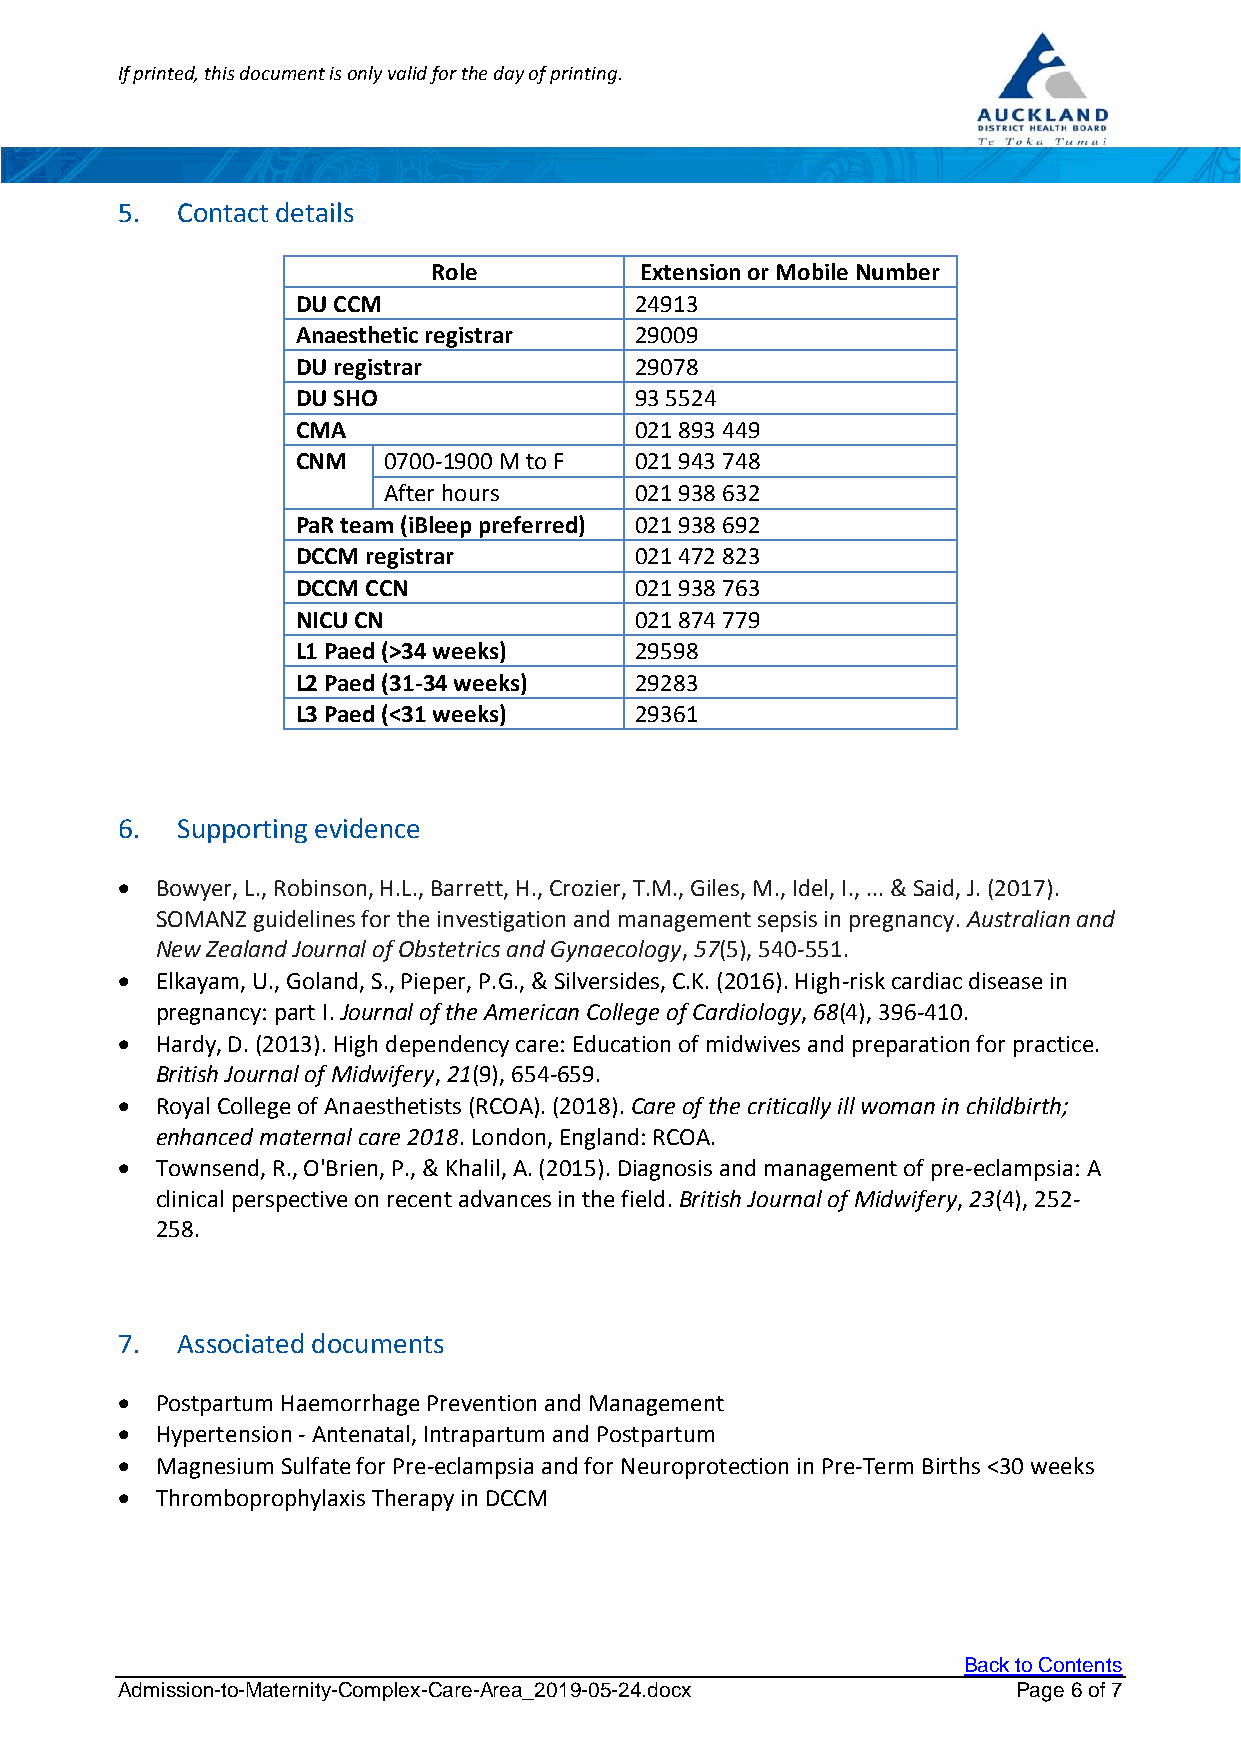
If printed, this document is only valid for the day of printing.
 5.  Contact details
 Role         Extension or Mobile Number
 DU CCM                24913
 Anaesthetic registrar 29009
 DU registrar          29078
 DU SHO                93 5524
 CMA                   021 893 449
 CNM  0700-1900 M to F 021 943 748
 After hours      021 938 632
 PaR team (iBleep preferred) 021 938 692
 DCCM registrar        021 472 823
 DCCM CCN              021 938 763
 NICU CN               021 874 779
 L1 Paed (>34 weeks)   29598
 L2 Paed (31-34 weeks) 29283
 L3 Paed (<31 weeks)   29361
 6.  Supporting evidence
  Bowyer, L., Robinson, H.L., Barrett, H., Crozier, T.M., Giles, M., Idel, I., ... & Said, J. (2017).
 SOMANZ guidelines for the investigation and management sepsis in pregnancy. Australian and
 New Zealand Journal of Obstetrics and Gynaecology, 57(5), 540-551.
  Elkayam, U., Goland, S., Pieper, P.G., & Silversides, C.K. (2016). High-risk cardiac disease in
 pregnancy: part I. Journal of the American College of Cardiology, 68(4), 396-410.
  Hardy, D. (2013). High dependency care: Education of midwives and preparation for practice.
 British Journal of Midwifery, 21(9), 654-659.
  Royal College of Anaesthetists (RCOA). (2018). Care of the critically ill woman in childbirth;
 enhanced maternal care 2018. London, England: RCOA.
  Townsend, R., O'Brien, P., & Khalil, A. (2015). Diagnosis and management of pre-eclampsia: A
 clinical perspective on recent advances in the field. British Journal of Midwifery, 23(4), 252-
 258.
 7.  Associated documents
  Postpartum Haemorrhage Prevention and Management
  Hypertension - Antenatal, Intrapartum and Postpartum
  Magnesium Sulfate for Pre-eclampsia and for Neuroprotection in Pre-Term Births <30 weeks
  Thromboprophylaxis Therapy in DCCM
 Back to Contents
 Admission-to-Maternity-Complex-Care-Area_2019-05-24.docx   Page 6 of 7